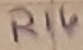
Text: R14